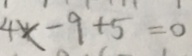
4 x - 9 + 5 = 0